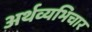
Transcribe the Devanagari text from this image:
अर्थव्यभिचार